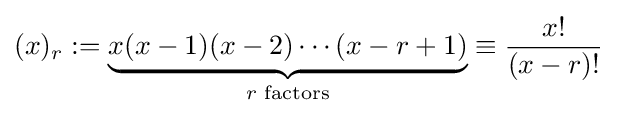
(x)_{r}:=\underbrace {x(x-1)(x-2)\cdots (x-r+1)} _{r{\text{ factors}}}\equiv {\frac {x!}{(x-r)!}}